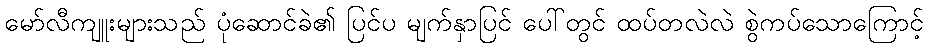
မော်လီကျူးများသည် ပုံဆောင်ခဲ၏ ပြင်ပ မျက်နှာပြင် ပေါ်တွင် ထပ်တလဲလဲ စွဲကပ်သောကြောင့်